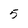
Character: 5